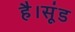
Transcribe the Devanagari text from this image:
है।सूंड